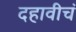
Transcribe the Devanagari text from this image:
दहावीचं